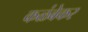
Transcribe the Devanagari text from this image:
कळंबेकर